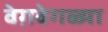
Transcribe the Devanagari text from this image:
वेग़वेगळ्या